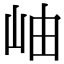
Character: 岫